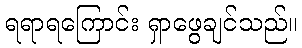
ရရာရကြောင်း ရှာဖွေချင်သည်။